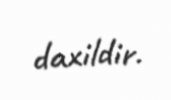
daxildir.